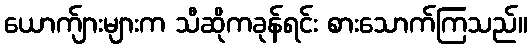
ယောက်ျားများက သီဆိုကခုန်ရင်း စားသောက်ကြသည်။